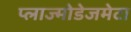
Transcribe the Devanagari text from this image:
प्लाज्मोडेजमेटा